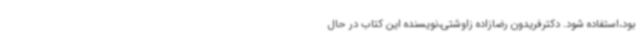
بود،استفاده شود. دکترفریدون رضازاده زاوشتی،نویسنده این کتاب در حال